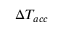
\Delta T _ { a c c }